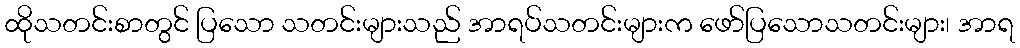
ထိုသတင်းစာတွင် ပြသော သတင်းများသည် အာရပ်သတင်းများက ဖော်ပြသောသတင်းများ၊ အာရ